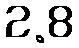
2.8